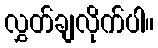
လွှတ်ချလိုက်ပါ။